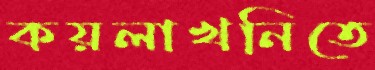
কয়লাখনিতে